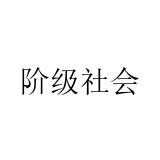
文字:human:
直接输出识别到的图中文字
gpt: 阶级社会